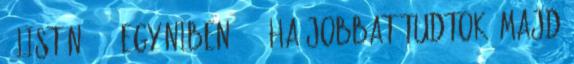
" listán 49%, egyéniben 85%. ha jobbat tudtok, majd